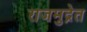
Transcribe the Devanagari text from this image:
राजमुद्रेत